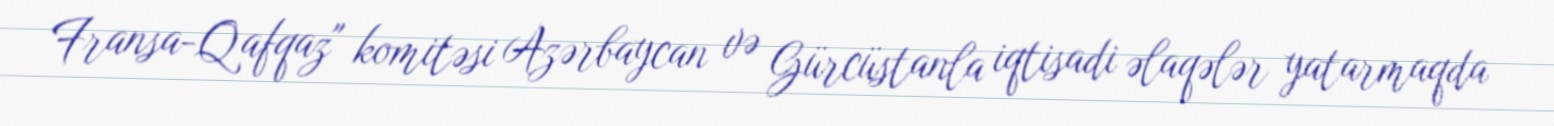
Fransa-Qafqaz" komitəsi Azərbaycan və Gürcüstanla iqtisadi əlaqələr yatarmaqda